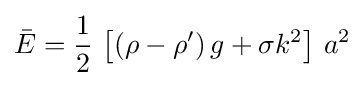
{\bar {E}}={\frac {1}{2}}\,\left[(\rho -\rho ')\,g+\sigma k^{2}\right]\,a^{2}